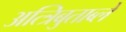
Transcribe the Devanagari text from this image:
अत्त्रिबुताब्ले